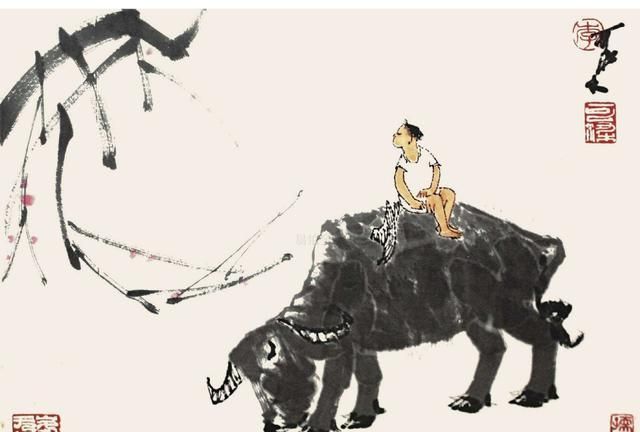
牧童归去横牛背，短笛无腔信口吹。